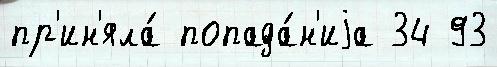
пр'ин'яла́ попада́н'иjа 34 93